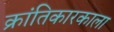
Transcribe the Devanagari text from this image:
क्रांतिकारकाला